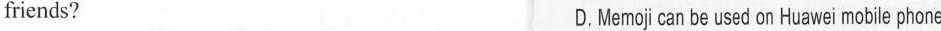
friends? D.Memoj can be used on Huaweimobile phone